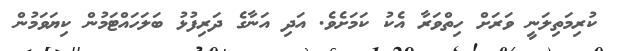
ކުރިމަތިލަނީ ވަރަށް ހިތްވަރާ އެކު ކަމަށެވެ. އަދި އަނާގެ ދަރިފުޅު ބަލަހައްޓަމުން ކިޔަވަމުން